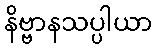
နိဗ္ဗာနသပ္ပါယာ